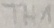
Text: TH1